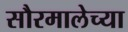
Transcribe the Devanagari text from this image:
सौरमालेच्या